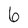
Character: 6